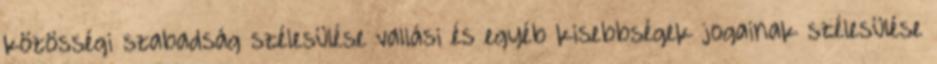
közösségi szabadság szélesülése vallási és egyéb kisebbségek jogainak szélesülése